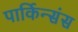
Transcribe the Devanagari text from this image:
पार्किन्संस